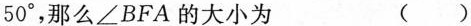
50^\circ，那么\angle BFA的大小为 ( )